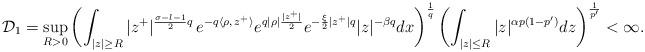
LaTeX: \begin{align*} \mathcal{D}_{1} =\sup_{R > 0}\left(\int_{|z| \geq R} |z^+|^{\frac{\sigma-l-1}{2}q}\,e^{-q\langle \rho,\, z^+ \rangle} e^{q|\rho|\frac{|z^+|}{2} } e^{-\frac{\xi}{2}|z^+|q} |z|^{-\beta q}dx\right)^{\frac{1}{q}}\left(\int_{|z| \leq R}|z|^{\alpha p(1-p')}dz\right)^{\frac{1}{p'}}<\infty.\end{align*}